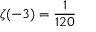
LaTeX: \zeta ( - 3 ) = { \frac { 1 } { 1 2 0 } }